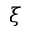
\xi